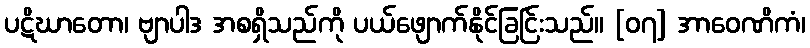
ပဋိဃာတော၊ ဗျာပါဒ အစရှိသည်ကို ပယ်ဖျောက်နိုင်ခြင်ြးသည်။ [၀၇] အာဝေဏိကံ၊